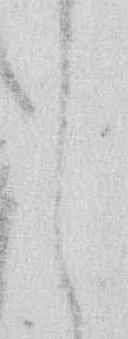
し